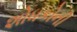
શોધકોની